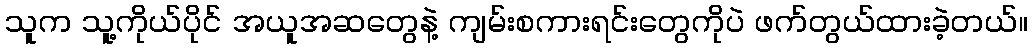
သူက သူ့ကိုယ်ပိုင် အယူအဆတွေနဲ့ ကျမ်းစကားရင်းတွေကိုပဲ ဖက်တွယ်ထားခဲ့တယ်။